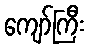
ကျော်ကြီး